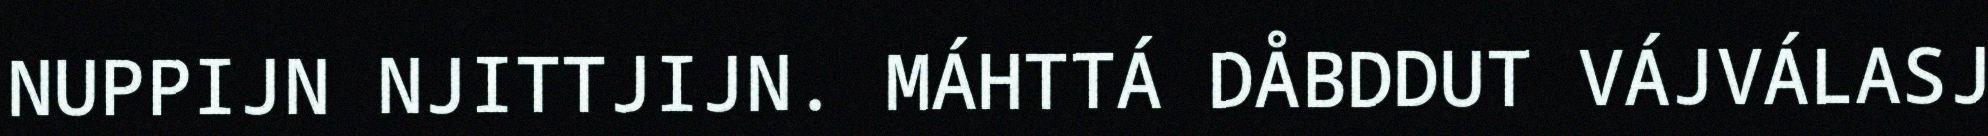
NUPPIJN NJITTJIJN. MÁHTTÁ DÅBDDUT VÁJVÁLASJ